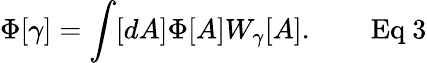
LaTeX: \Phi[\gamma]=\int[dA]\Phi[A]W_{\gamma}[A].\qquad{\mathrm{Eq~3}}